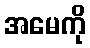
အမေကို